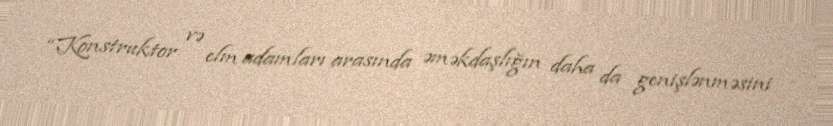
“Konstruktor və elm adamları arasında əməkdaşlığın daha da genişlənməsini